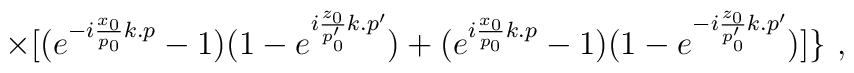
\times [(e^{-i\frac{x_0}{p_0}k.p}-1)(1-e^{i\frac{z_0}{p_0'}k.p'})+(e^{i\frac{x_0}{p_0}k.p}-1)(1-e^{-i\frac{z_0}{p_0'}k.p'})]\}\,\,,